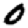
Digit: 0